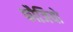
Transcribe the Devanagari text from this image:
फौजियो